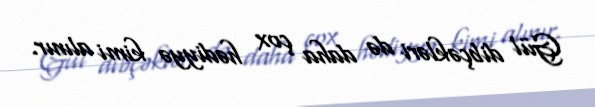
Gül dibçəkləri də daha çox hədiyyə kimi alınır.